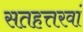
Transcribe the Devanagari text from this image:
सतहत्तरवां